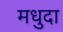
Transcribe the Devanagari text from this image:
मधुदा